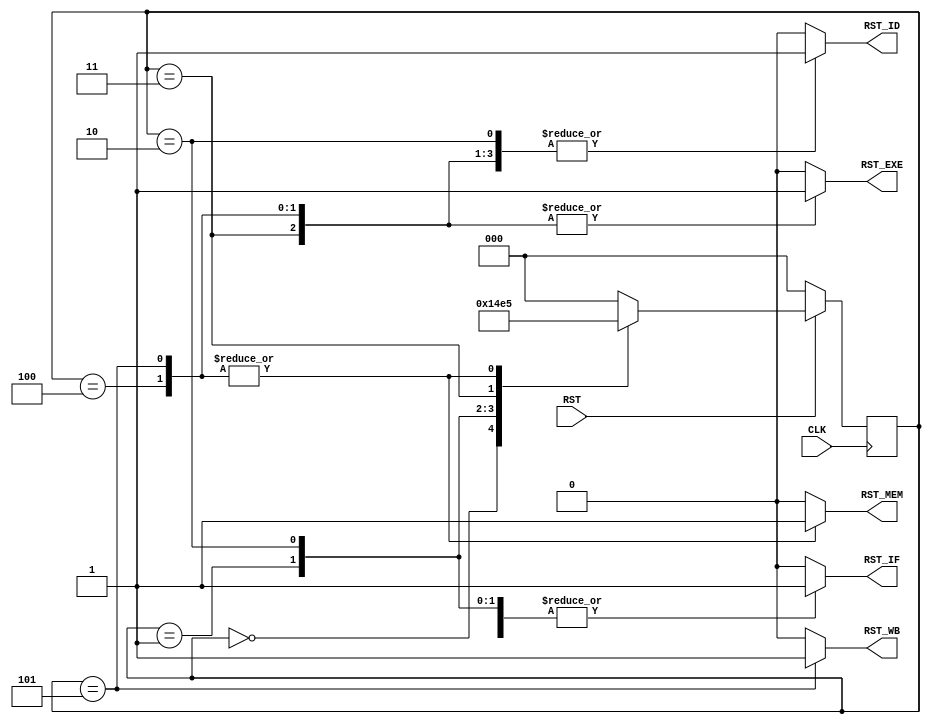
module reset_controller(CLK, RST, RST_IF, RST_ID, RST_EXE, RST_MEM, RST_WB);
    input CLK, RST;
    output reg RST_IF, RST_ID, RST_EXE, RST_MEM, RST_WB;

    reg [2:0] STATE, NEXT_STATE;
    parameter   IDLE = 0,
                IF = 1,
                ID = 2,
                EXE = 3,
                MEM = 4,
                WB = 5;
    
    always @(*) begin
        NEXT_STATE = STATE;
        case(STATE)
            IDLE: NEXT_STATE = IF;
            IF: NEXT_STATE = ID;
            ID: NEXT_STATE = EXE;
            EXE: NEXT_STATE = MEM;
            MEM: NEXT_STATE = WB;
            WB: NEXT_STATE = WB;
            default: NEXT_STATE = IDLE;
        endcase
    end

    always @(posedge CLK) begin
        if(!RST) begin
            STATE <= IDLE;
        end
        else begin
            STATE <= NEXT_STATE;
        end
    end

    always @(*) begin
        RST_IF = 0;
        RST_ID = 0;
        RST_EXE = 0;
        RST_MEM = 0;
        RST_WB = 0;
        case(STATE)
            IF: begin // disable only if rst
                RST_IF = 1;
            end
            ID: begin
                RST_IF = 1;
                RST_ID = 1;
            end
            EXE: begin
                RST_IF = 1;
                RST_ID = 1;
                RST_EXE = 1;
            end
            MEM: begin
                RST_IF = 1;
                RST_ID = 1;
                RST_EXE = 1;
                RST_MEM = 1;
            end
            WB: begin // disable all rsts
                RST_IF = 1;
                RST_ID = 1;
                RST_EXE = 1;
                RST_MEM = 1;
                RST_WB = 1;
            end
            default: begin
                RST_IF = 0;
                RST_ID = 0;
                RST_EXE = 0;
                RST_MEM = 0;
                RST_WB = 0;
            end
        endcase
    end
endmodule